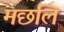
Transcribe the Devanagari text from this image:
मछलि